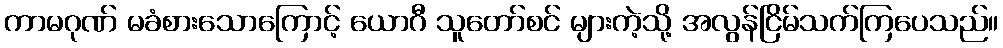
ကာမဂုဏ် မခံစားသောကြောင့် ယောဂီ သူတော်စင် များကဲ့သို့ အလွန်ငြိမ်သက်ကြပေသည်။